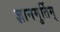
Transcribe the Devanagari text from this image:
ज्ञानमुर्तिम्‌